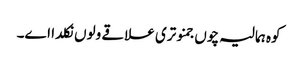
کوہ ہمالیہ چوں جمنوتری علاقے ولوں نکلدا اے۔